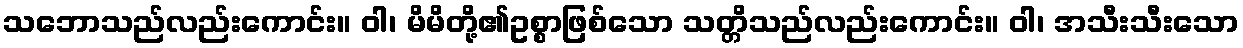
သဘောသည်လည်းကောင်း။ ဝါ၊ မိမိတို့၏ဥစ္စာဖြစ်သော သတ္တိသည်လည်းကောင်း။ ဝါ၊ အသီးသီးသော